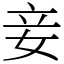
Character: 妾